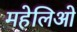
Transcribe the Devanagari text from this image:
महेलिओ